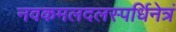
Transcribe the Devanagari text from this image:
नवकमलदलस्पर्धिनेत्रं